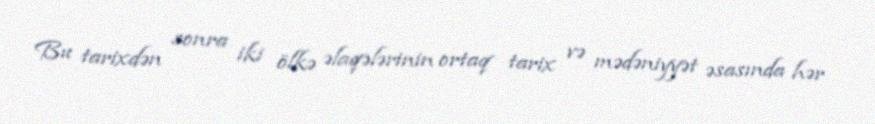
Bu tarixdən sonra iki ölkə əlaqələrinin ortaq tarix və mədəniyyət əsasında hər